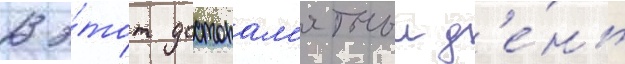
В э́тот достопам'ятныи д'е́нь